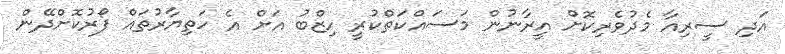
އަދި ސީރިއާ މެދުވެރިކޮށް އީރާނުން މަސައްކަތްކުރީ ހިޒްބު އަށް އެ ހަތިޔާރުތައް ފޯރުކޮށްދޭން